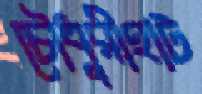
চৌধুরীহাট